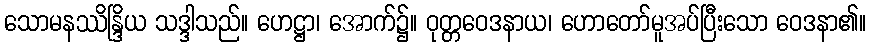
သောမနဿိန္ဒြိယ သဒ္ဒါသည်။ ဟေဋ္ဌာ၊ အောက်၌။ ဝုတ္တဝေဒနာယ၊ ဟောတော်မူအပ်ပြီးသော ဝေဒနာ၏။